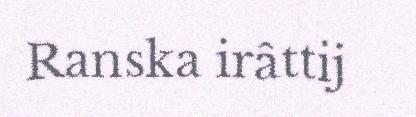
Ranska irâttij